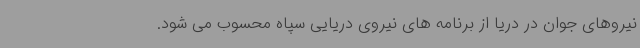
نیروهای جوان در دریا از برنامه های نیروی دریایی سپاه محسوب می شود.